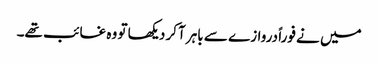
میں نے فوراً دروازے سے باہر آکر دیکھا تو وہ غائب تھے۔